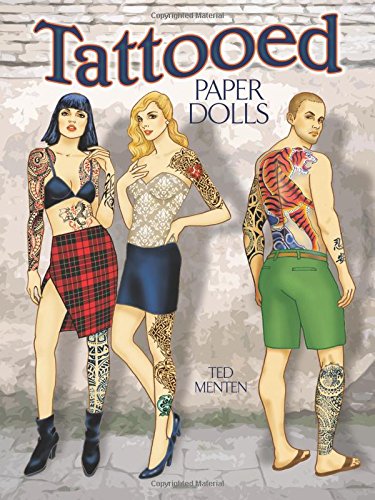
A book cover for Tattooed Paper Dolls; Ted Menten; Crafts, Hobbies & Home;